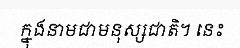
ក្នុងនាមជាមនុស្សជាតិ។ នេះ